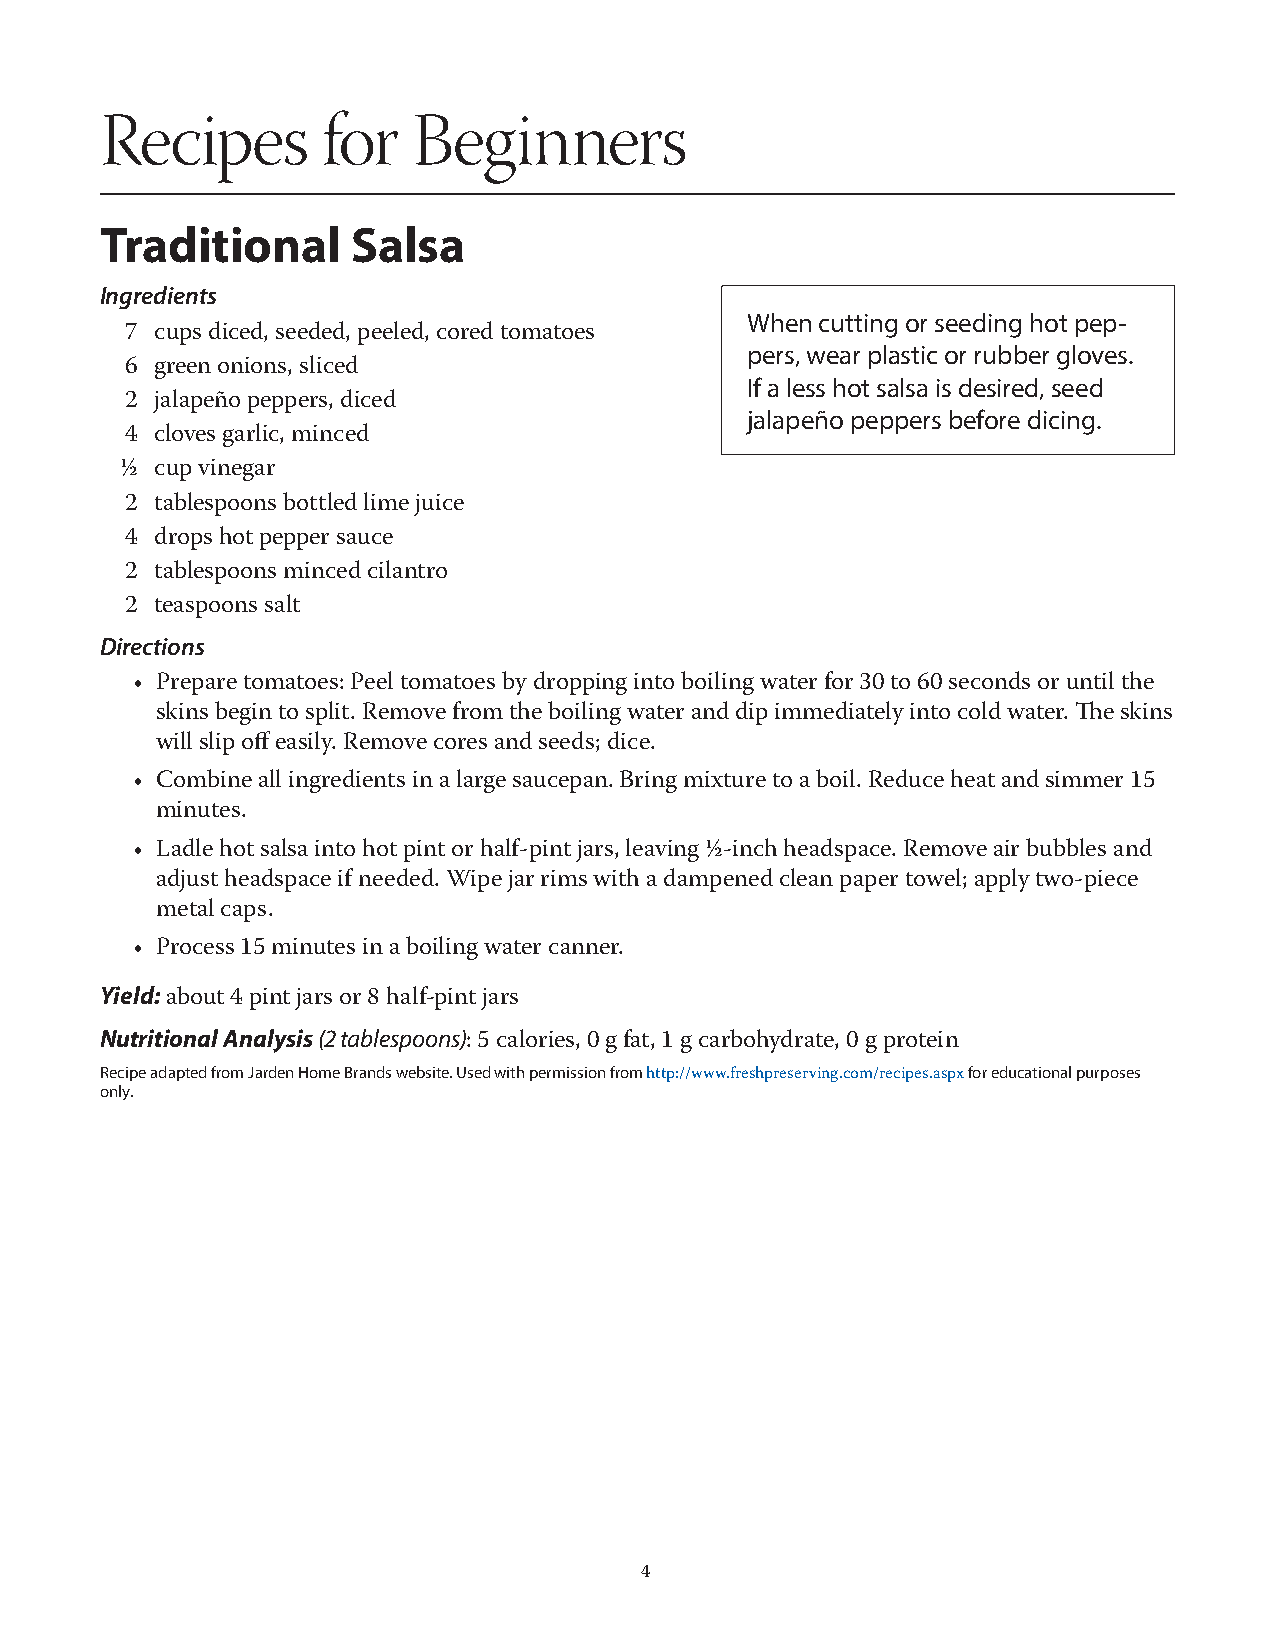
Recipes       for   Beginners
 Traditional     Salsa
 Ingredients
 When cutting or seeding hot pep-
 7 cups diced, seeded, peeled, cored tomatoes
 pers, wear plastic or rubber gloves.
 6 green onions, sliced
 If a less hot salsa is desired, seed
 2 jalapeño peppers, diced
 jalapeño peppers before dicing.
 4 cloves garlic, minced
 ½ cup vinegar
 2 tablespoons bottled lime juice
 4 drops hot pepper sauce
 2 tablespoons minced cilantro
 2 teaspoons salt
 Directions
 • Prepare tomatoes: Peel tomatoes by dropping into boiling water for 30 to 60 seconds or until the
 skins begin to split. Remove from the boiling water and dip immediately into cold water. The skins
 will slip off easily. Remove cores and seeds; dice.
 • Combine all ingredients in a large saucepan. Bring mixture to a boil. Reduce heat and simmer 15
 minutes.
 • Ladle hot salsa into hot pint or half-pint jars, leaving ½-inch headspace. Remove air bubbles and
 adjust headspace if needed. Wipe jar rims with a dampened clean paper towel; apply two-piece
 metal caps.
 • Process 15 minutes in a boiling water canner.
 Yield:
 about 4 pint jars or 8 half-pint jars
 Nutritional Analysis (2 tablespoons)
 : 5 calories, 0 g fat, 1 g carbohydrate, 0 g protein
 Recipe adapted from Jarden Home Brands website. Used with permission from http://www.freshpreserving.com/recipes.aspx for educational purposes
 only.
 4